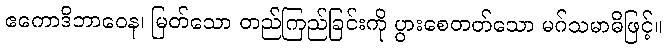
ဧကောဒိဘာဝေန၊ မြတ်သော တည်ကြည်ခြင်းကို ပွားစေတတ်သော မဂ်သမာဓိဖြင့်။